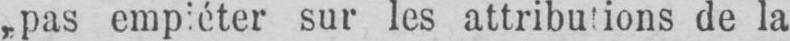
„pas empiéter sur les attributions de la